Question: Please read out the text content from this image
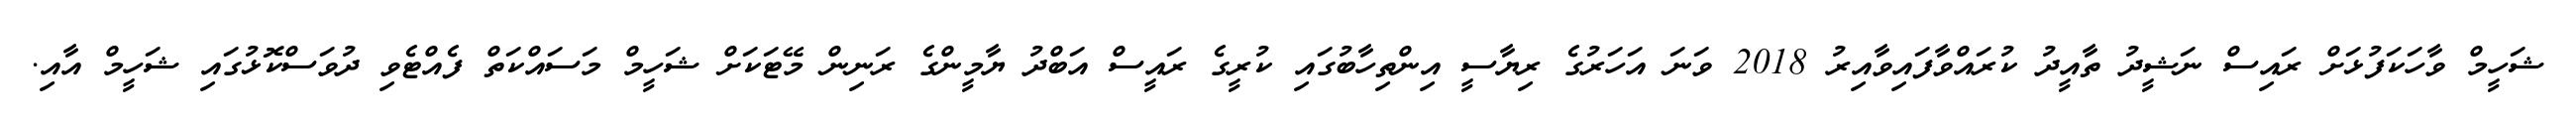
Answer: ޝަހީމް ވާހަކަފުޅަށް ރައިސް ނަޝީދު ތާއީދު ކުރައްވާފައިވާއިރު 2018 ވަނަ އަހަރުގެ ރިޔާސީ އިންތިހާބުގައި ކުރީގެ ރައީސް އަބްދު ޔާމީންގެ ރަނިން މޭޓަކަށް ޝަހީމް މަސައްކަތް ފެއްޓެވި ދުވަސްކޮޅުގައި ޝަހީމް އާއި.